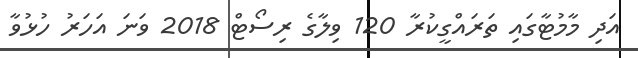
އަދި މާމުޓާގައި ތަރައްގީކުރާ 120 ވިލާގެ ރިސޯޓް 2018 ވަނަ އަހަރު ހުޅުވާ